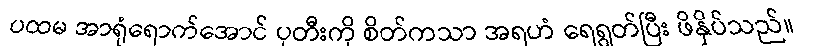
ပထမ အာရုံရောက်အောင် ပုတီးကို စိတ်ကသာ အရဟံ ရေရွတ်ပြီး ဖိနှိပ်သည်။